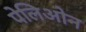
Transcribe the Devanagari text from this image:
पेलिओन